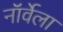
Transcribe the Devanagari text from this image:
नॉर्वेला